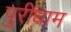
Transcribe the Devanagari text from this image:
पुरीधाम